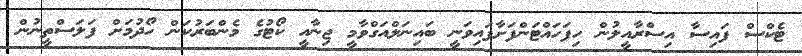
ޓެކްސް ފައިސާ އިސްރާއީލުން ހިފަހައްޓަންފަށާފައިވަނީ ބައިނަލްއަގްވާމީ ޖިނާއީ ކޯޓުގެ މެންބަރުކަން ހޯދުމަށް ފަލަސްތީނުން